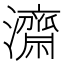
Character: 𭳯